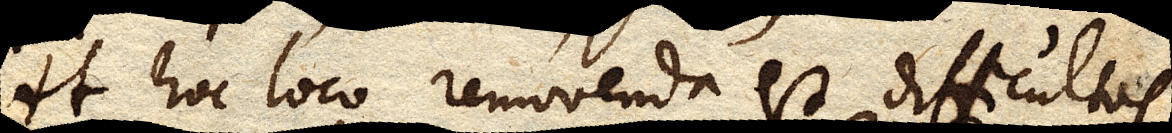
At hoc loco removenda est difficultas